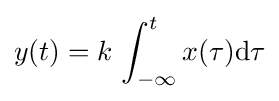
y(t)=k\,\int _{-\infty }^{t}x(\tau )\mathrm {d} \tau